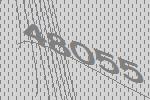
48055